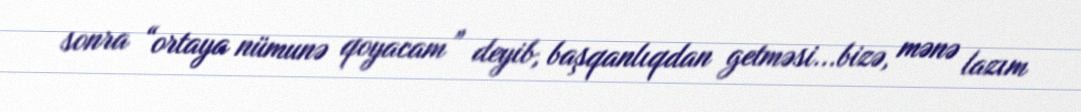
sonra “ortaya nümunə qoyacam” deyib, başqanlıqdan getməsi...bizə, mənə lazım